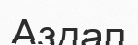
Аздап